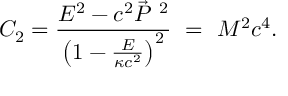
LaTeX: C _ { 2 } = \frac { E ^ { 2 } - c ^ { 2 } \vec { P } ^ { \ 2 } } { \left( 1 - \frac { E } { \kappa c ^ { 2 } } \right) ^ { 2 } } \ = \ M ^ { 2 } c ^ { 4 } .